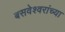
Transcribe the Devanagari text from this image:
बसवेश्वरांच्या